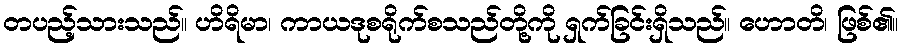
တပည့်သားသည်။ ဟိရိမာ၊ ကာယဒုစရိုက်စသည်တို့ကို ရှက်ခြင်းရှိသည်။ ဟောတိ၊ ဖြစ်၏။